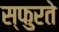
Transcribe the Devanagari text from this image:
स्फुरते